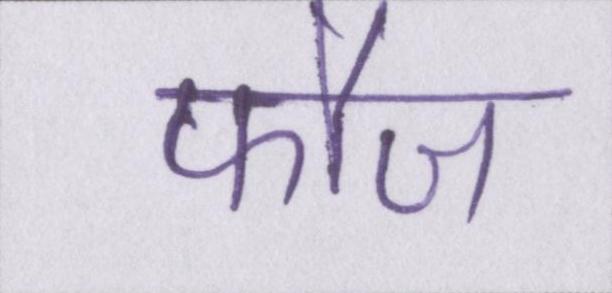
फौज